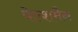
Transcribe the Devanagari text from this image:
वेल्शमैन